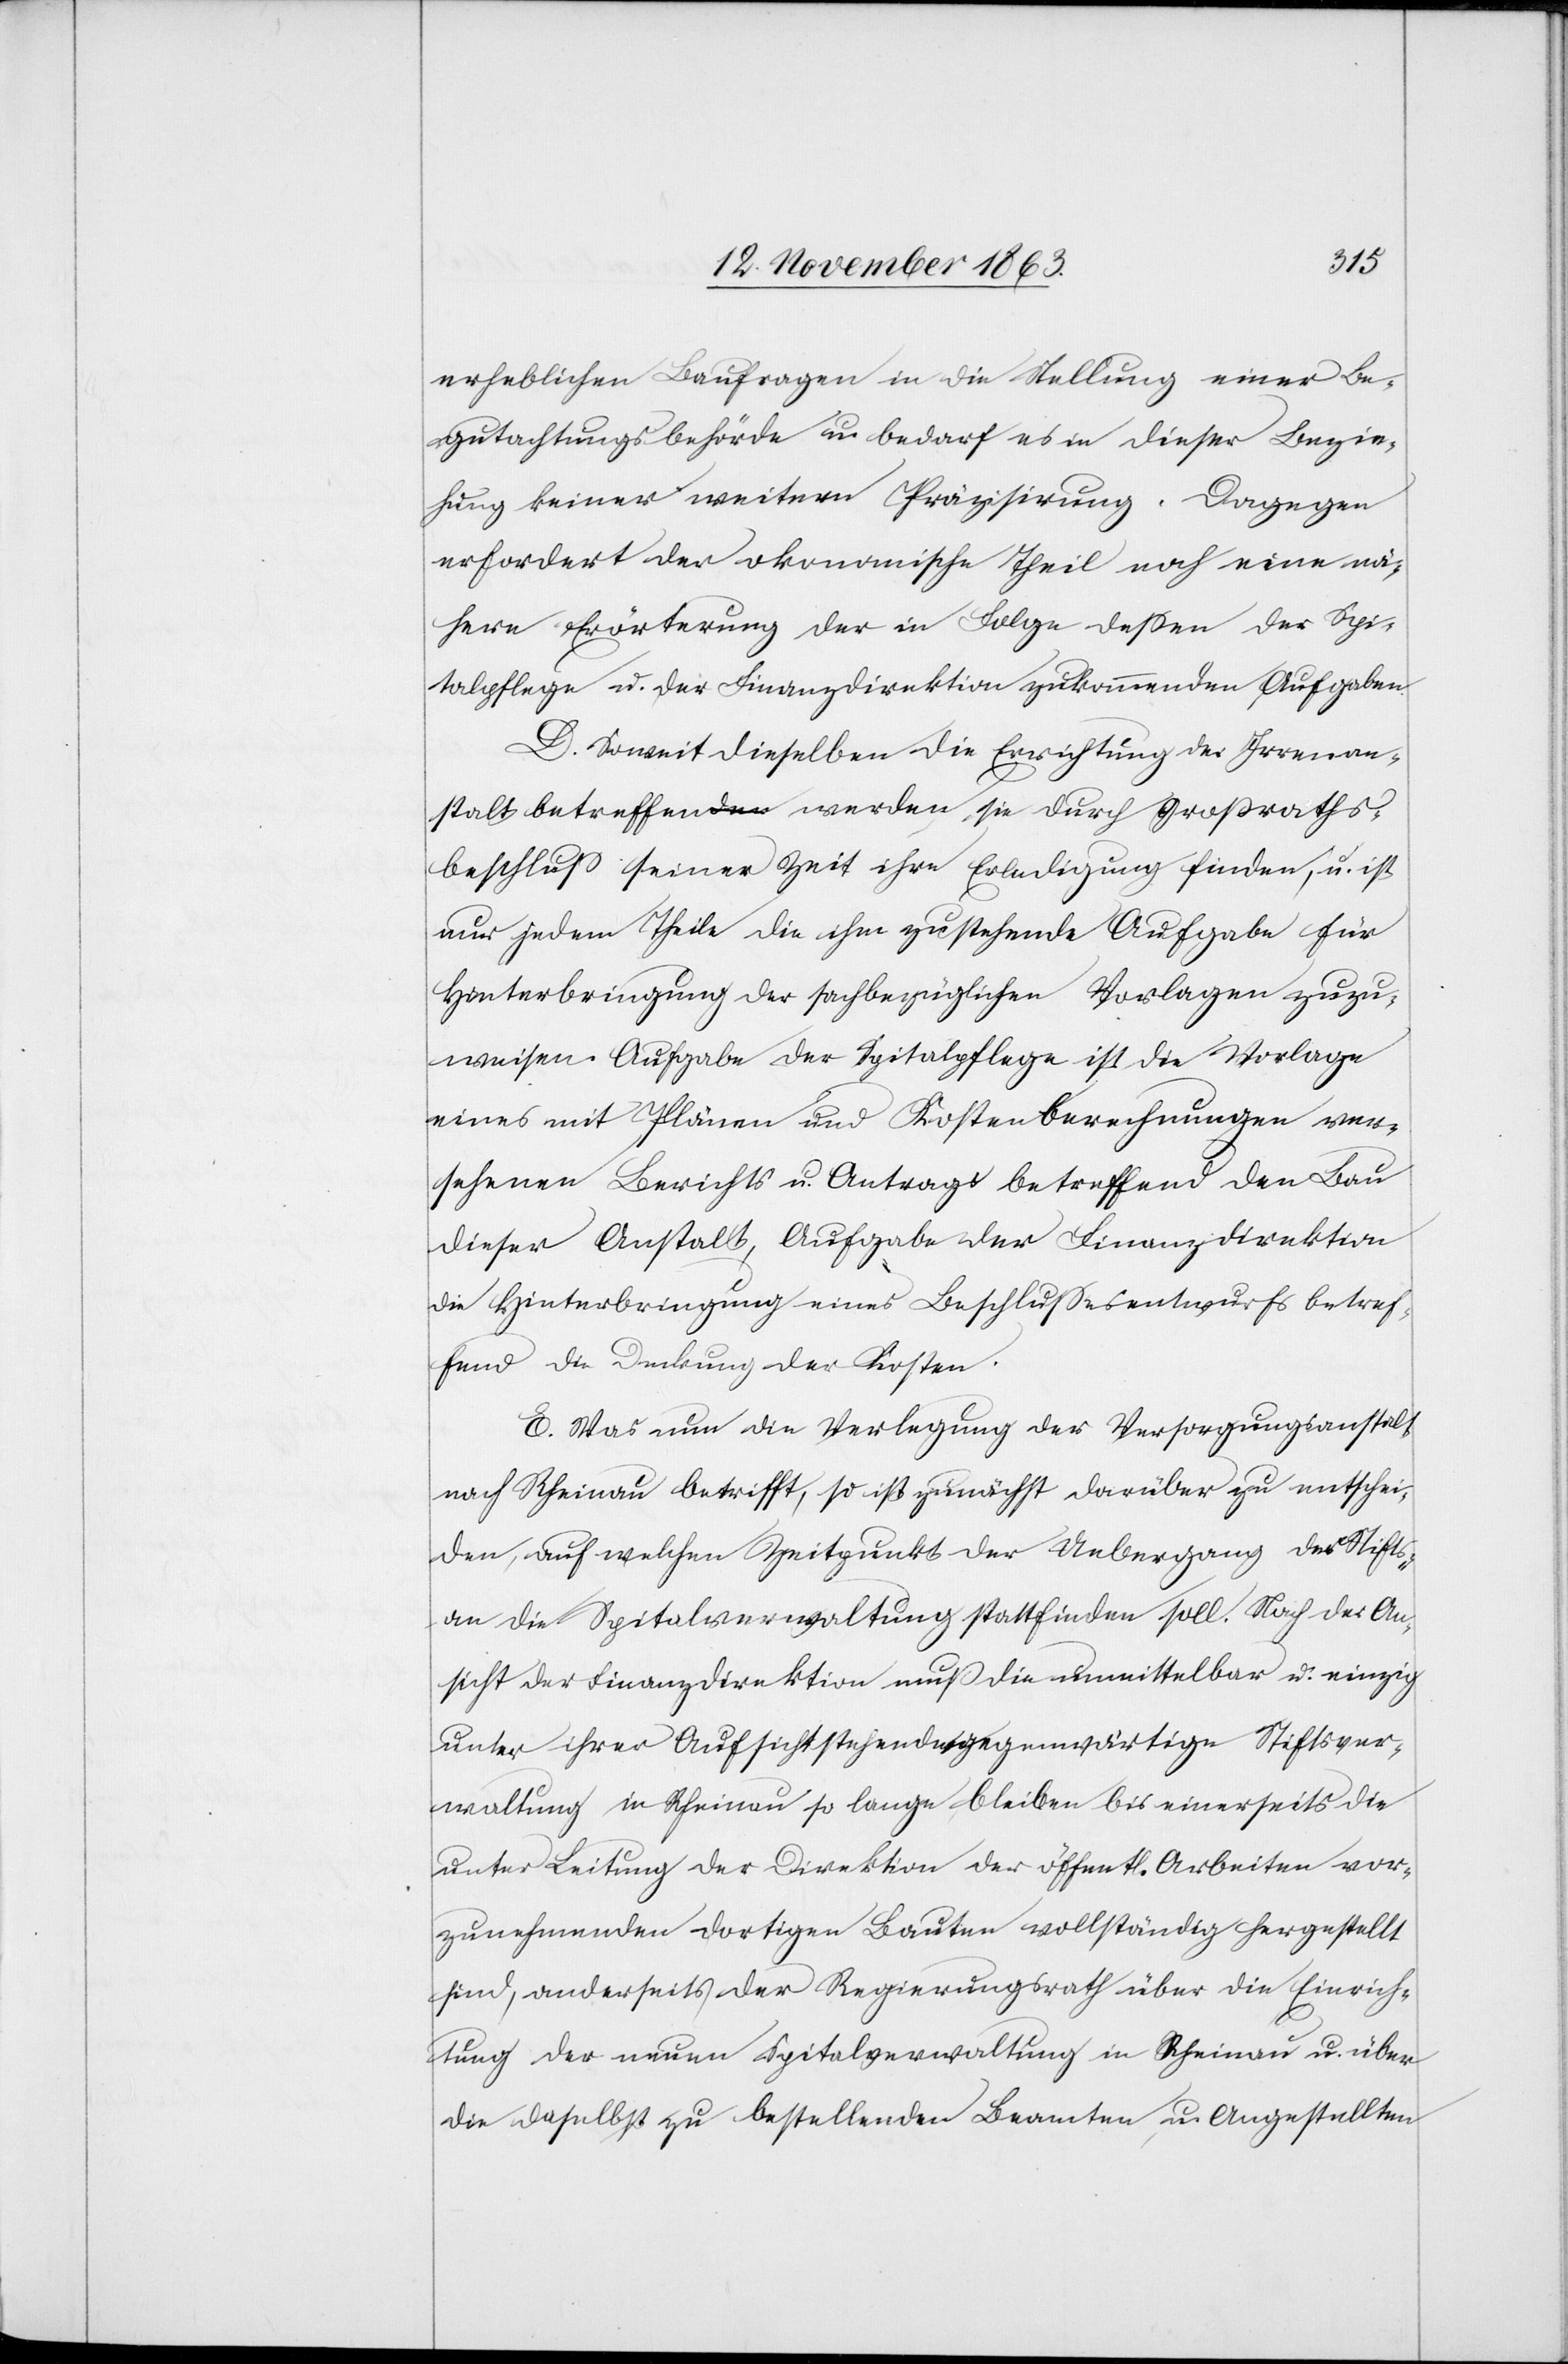
erheblichen Baufragen in die Stellung einer Be¬
gutachtungsbehörde u. bedarf es in dieser Bezie¬
hung keiner weitern Präzisirung. Dagegen
erfordert der okonomische [sic!] Theil noch eine nä¬
here Erörterung der in Folge dessen der Spi¬
talpflege u. der Finanzdirektion zukommenden Aufgaben.
D. Soweit dieselben die Errichtung der Irrenan¬
stalt betreffen werden sie durch Großraths¬
beschluss seiner Zeit ihre Erledigung finden, u. ist
nur jedem Theile die ihm zustehende Aufgabe für
Hinterbringung der sachbezüglichen Vorlagen zuzu¬
weisen. Aufgabe der Spitalpflege ist die Vorlage
eines mit Plänen und Kostenberechnungen ver¬
sehenen Berichts u. Antrags betreffend den Bau
dieser Anstalt, Aufgabe der Finanzdirektion
die Hinterbringung eines Beschlussesentwurfs betref¬
fend die Deckung der Kosten.
E. Was nun die Verlegung der Versorgungsanstalt
nach Rheinau betrifft, so ist zunächst darüber zu entschei¬
den, auf welchen Zeitpunkt der Uebergang der Stifts-
an die Spitalverwaltung stattfinden soll. Nach der An¬
sicht der Finanzdirektion muss die unmittelbar u. einzig
unter ihrer Aufsicht stehende gegenwärtige Stiftsver¬
waltung in Rheinau so lange bleiben bis einerseits die
unter Leitung der Direktion der öffentl. Arbeiten vor¬
zunehmenden dortigen Bauten vollständig hergestellt
sind, anderseits der Regierungsrath über die Einrich¬
tung der neuen Spitalverwaltung in Rheinau u. über
die daselbst zu bestellenden Beamten u. Angestellten